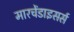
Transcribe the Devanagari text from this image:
मारचेंडाइसर्स